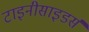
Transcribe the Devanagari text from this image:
टाइनीसाइडर्स